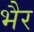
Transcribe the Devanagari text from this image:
भैर